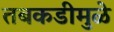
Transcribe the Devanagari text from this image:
तबकडीमुळे